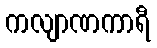
ကလျာဏကာရီ